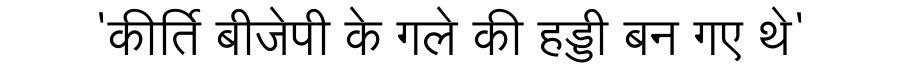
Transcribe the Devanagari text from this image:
'कीर्ति बीजेपी के गले की हड्डी बन गए थे'